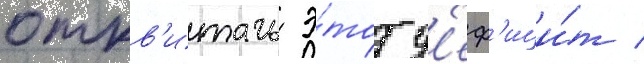
откв'итать э́тот д'еф'ици́т /